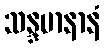
သန္ဒမာနာနံ